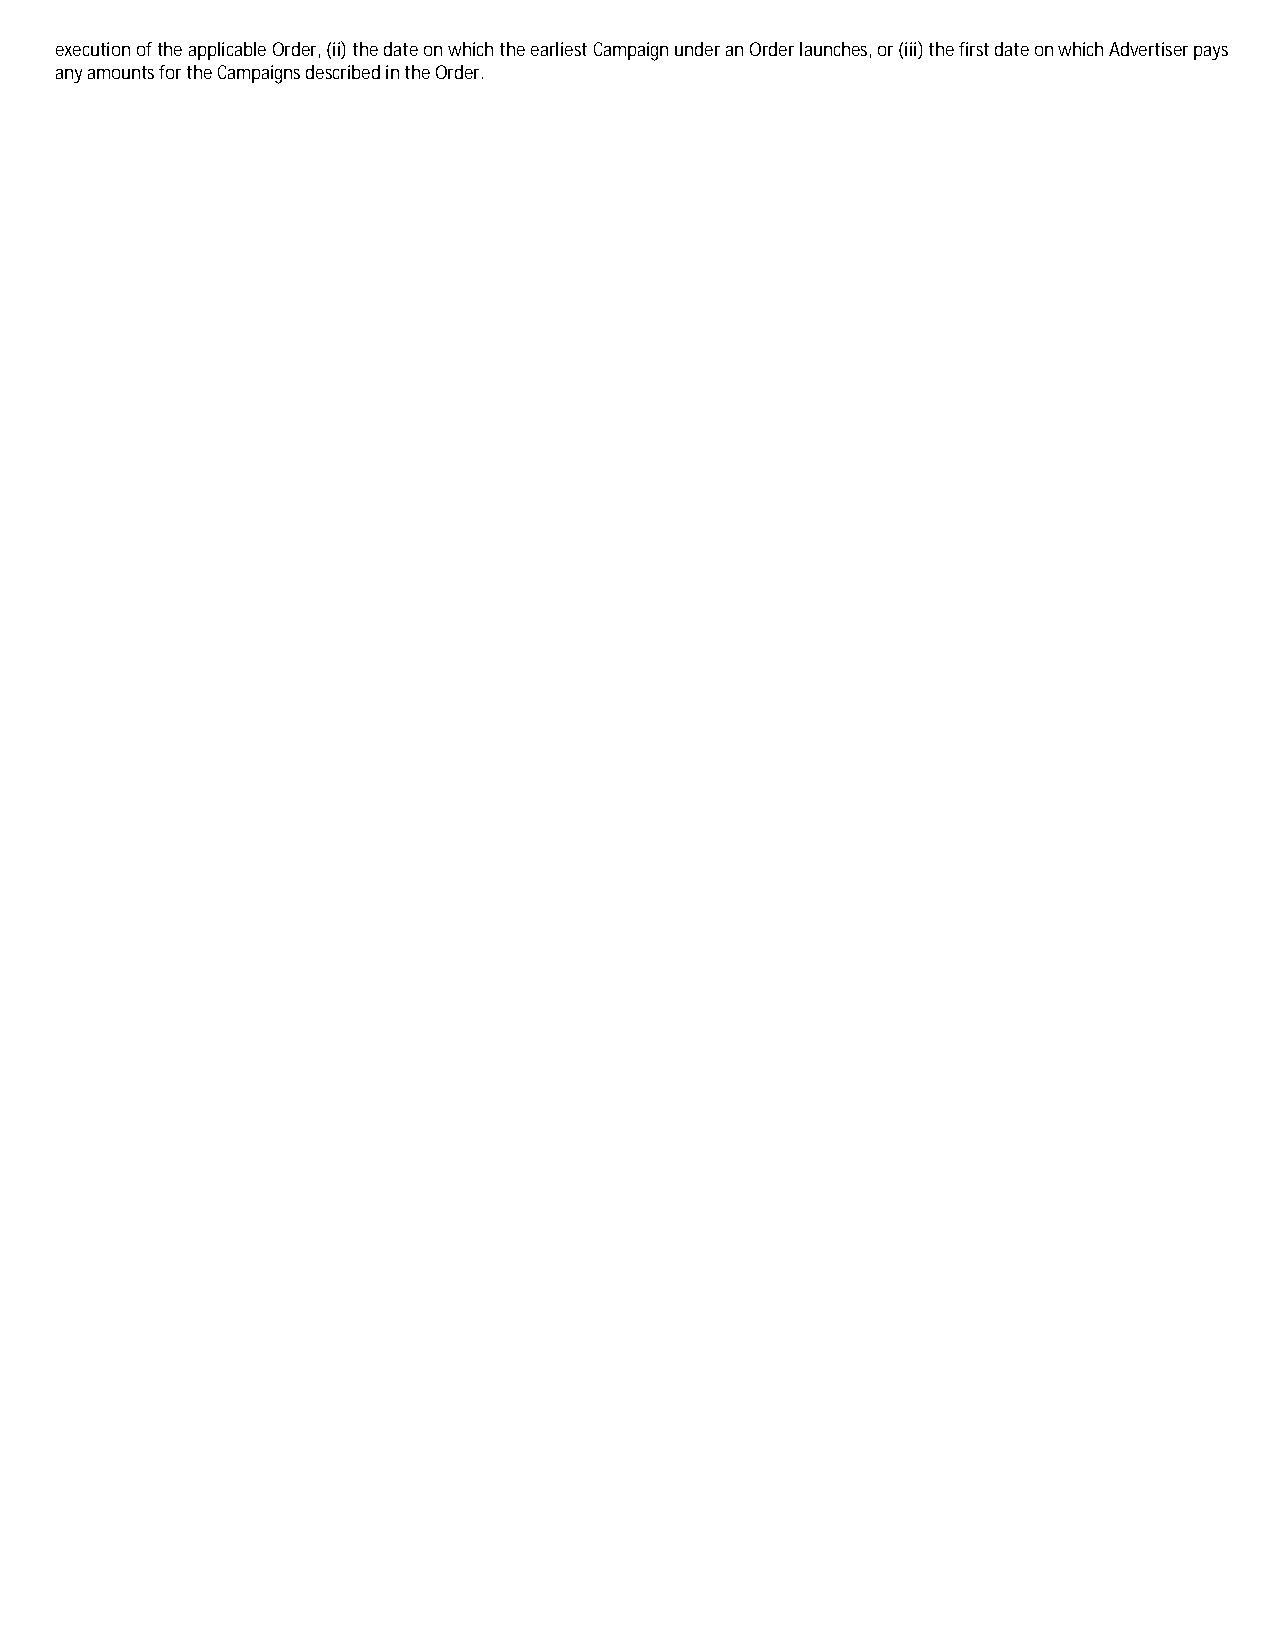
execution of the applicable Order, (ii) the date on which the earliest Campaign under an Order launches, or (iii) the first date on which Advertiser pays
 any amounts for the Campaigns described in the Order.